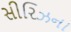
સીરિઝના